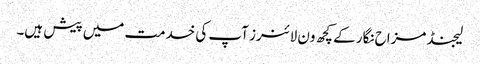
لیجنڈ مزاح نگار کے کچھ ون لائنرز آپ کی خدمت میں پیش ہیں۔